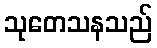
သုတေသနသည်